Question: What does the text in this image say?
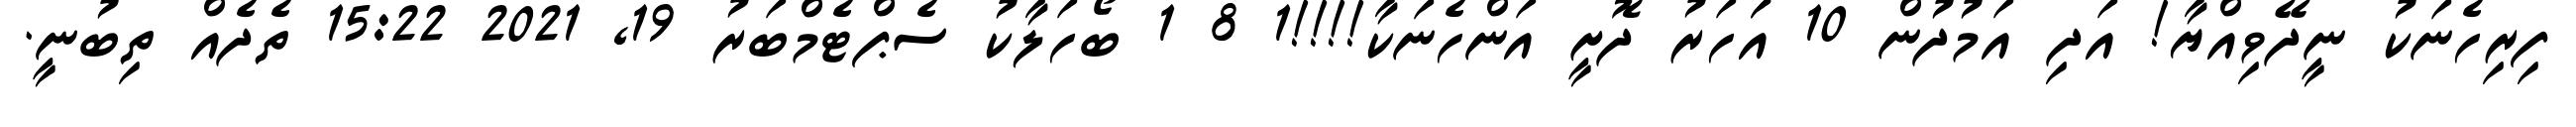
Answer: ފިރިހެނަކު ނީދޭވިއްޔާ! އަދި އަމުދުން 10 އަަހަރު ދޮށީ އަންހެނަކާ!!!!1 8 1 ބޯހަލާކު ސެޕްޓެމްބަރު 19, 2021 15:22 ތެދެއް ތިބުނީ.